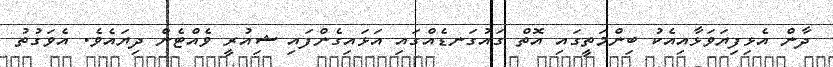
ދާން އެޅިފިޔަވަޅާއިއެކު ބިންމަތީގައި އޮތް ގައުގަނޑެއްގައި އަޅައިގެންފައި ޝިއުރީ ވެއްޓެން ދިޔައެވެ. އެވަގުތު